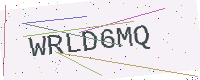
Text: WRLD6MQ